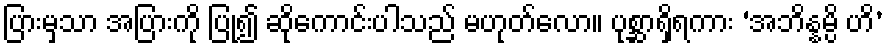
ပြားမှသာ အပြားကို ပြု၍ ဆိုကောင်းပါသည် မဟုတ်လော။ ပုစ္ဆာရှိရကား ‘အဘိန္နမ္ပိ ဟိ’